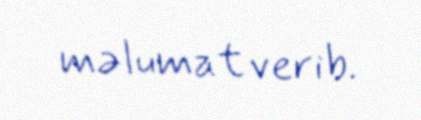
məlumat verib.